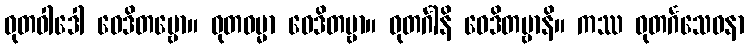
ဓုတဝါဒေါ ဝေဒိတဗ္ဗော။ ဓုတဓမ္မာ ဝေဒိတဗ္ဗာ။ ဓုတင်္ဂါနိ ဝေဒိတဗ္ဗာနိ။ ကဿ ဓုတင်္ဂသေဝနာ